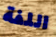
اللفة